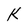
Character: k